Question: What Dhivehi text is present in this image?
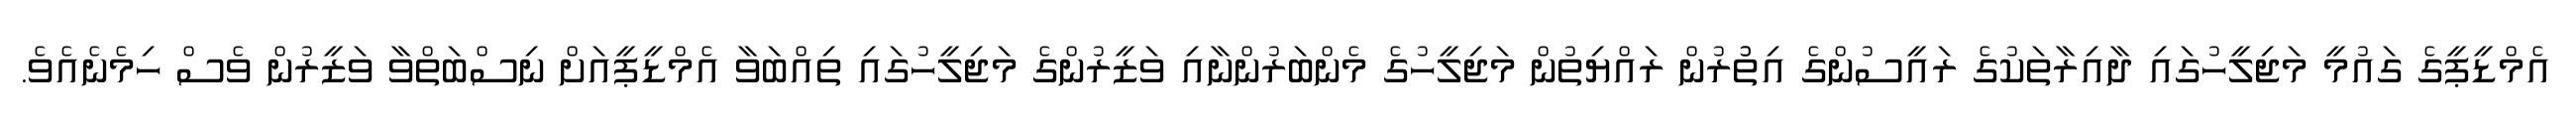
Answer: އެމްޑީޕީގެ ގައުމީ މަޖިލީހުގައި ދާއިރާތަކުގެ ރައީސުންގެ އިތުުރުން ރައްޔިތުން މަޖިލީހުގެ މެންބަރުންނާއި ވަޒީރުންގެ މަޖިލީހުގައި ތިއްބަވާ އެމްޑީޕީއަށް ނިސްބަތްވާ ވަޒީރުން ވެސް ހިމެނެއެވެ.